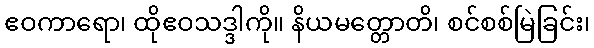
ဧဝကာရော၊ ထိုဧဝသဒ္ဒါကို။ နိယမတ္တောတိ၊ စင်စစ်မြဲခြင်း၊